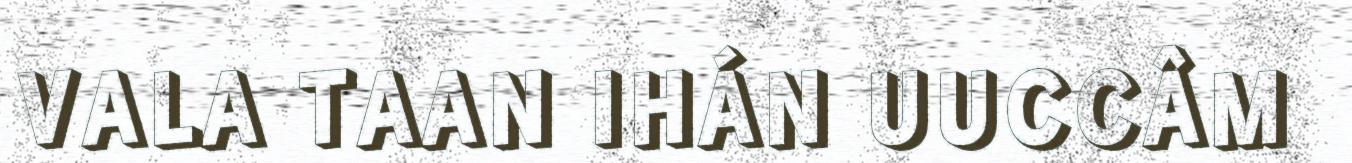
VALA TAAN IHÁN UUCCÂM